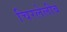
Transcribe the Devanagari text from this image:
चिरलेलीब